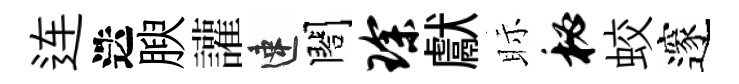
连迭腴讙速閤琛獻眎秘蛟邃